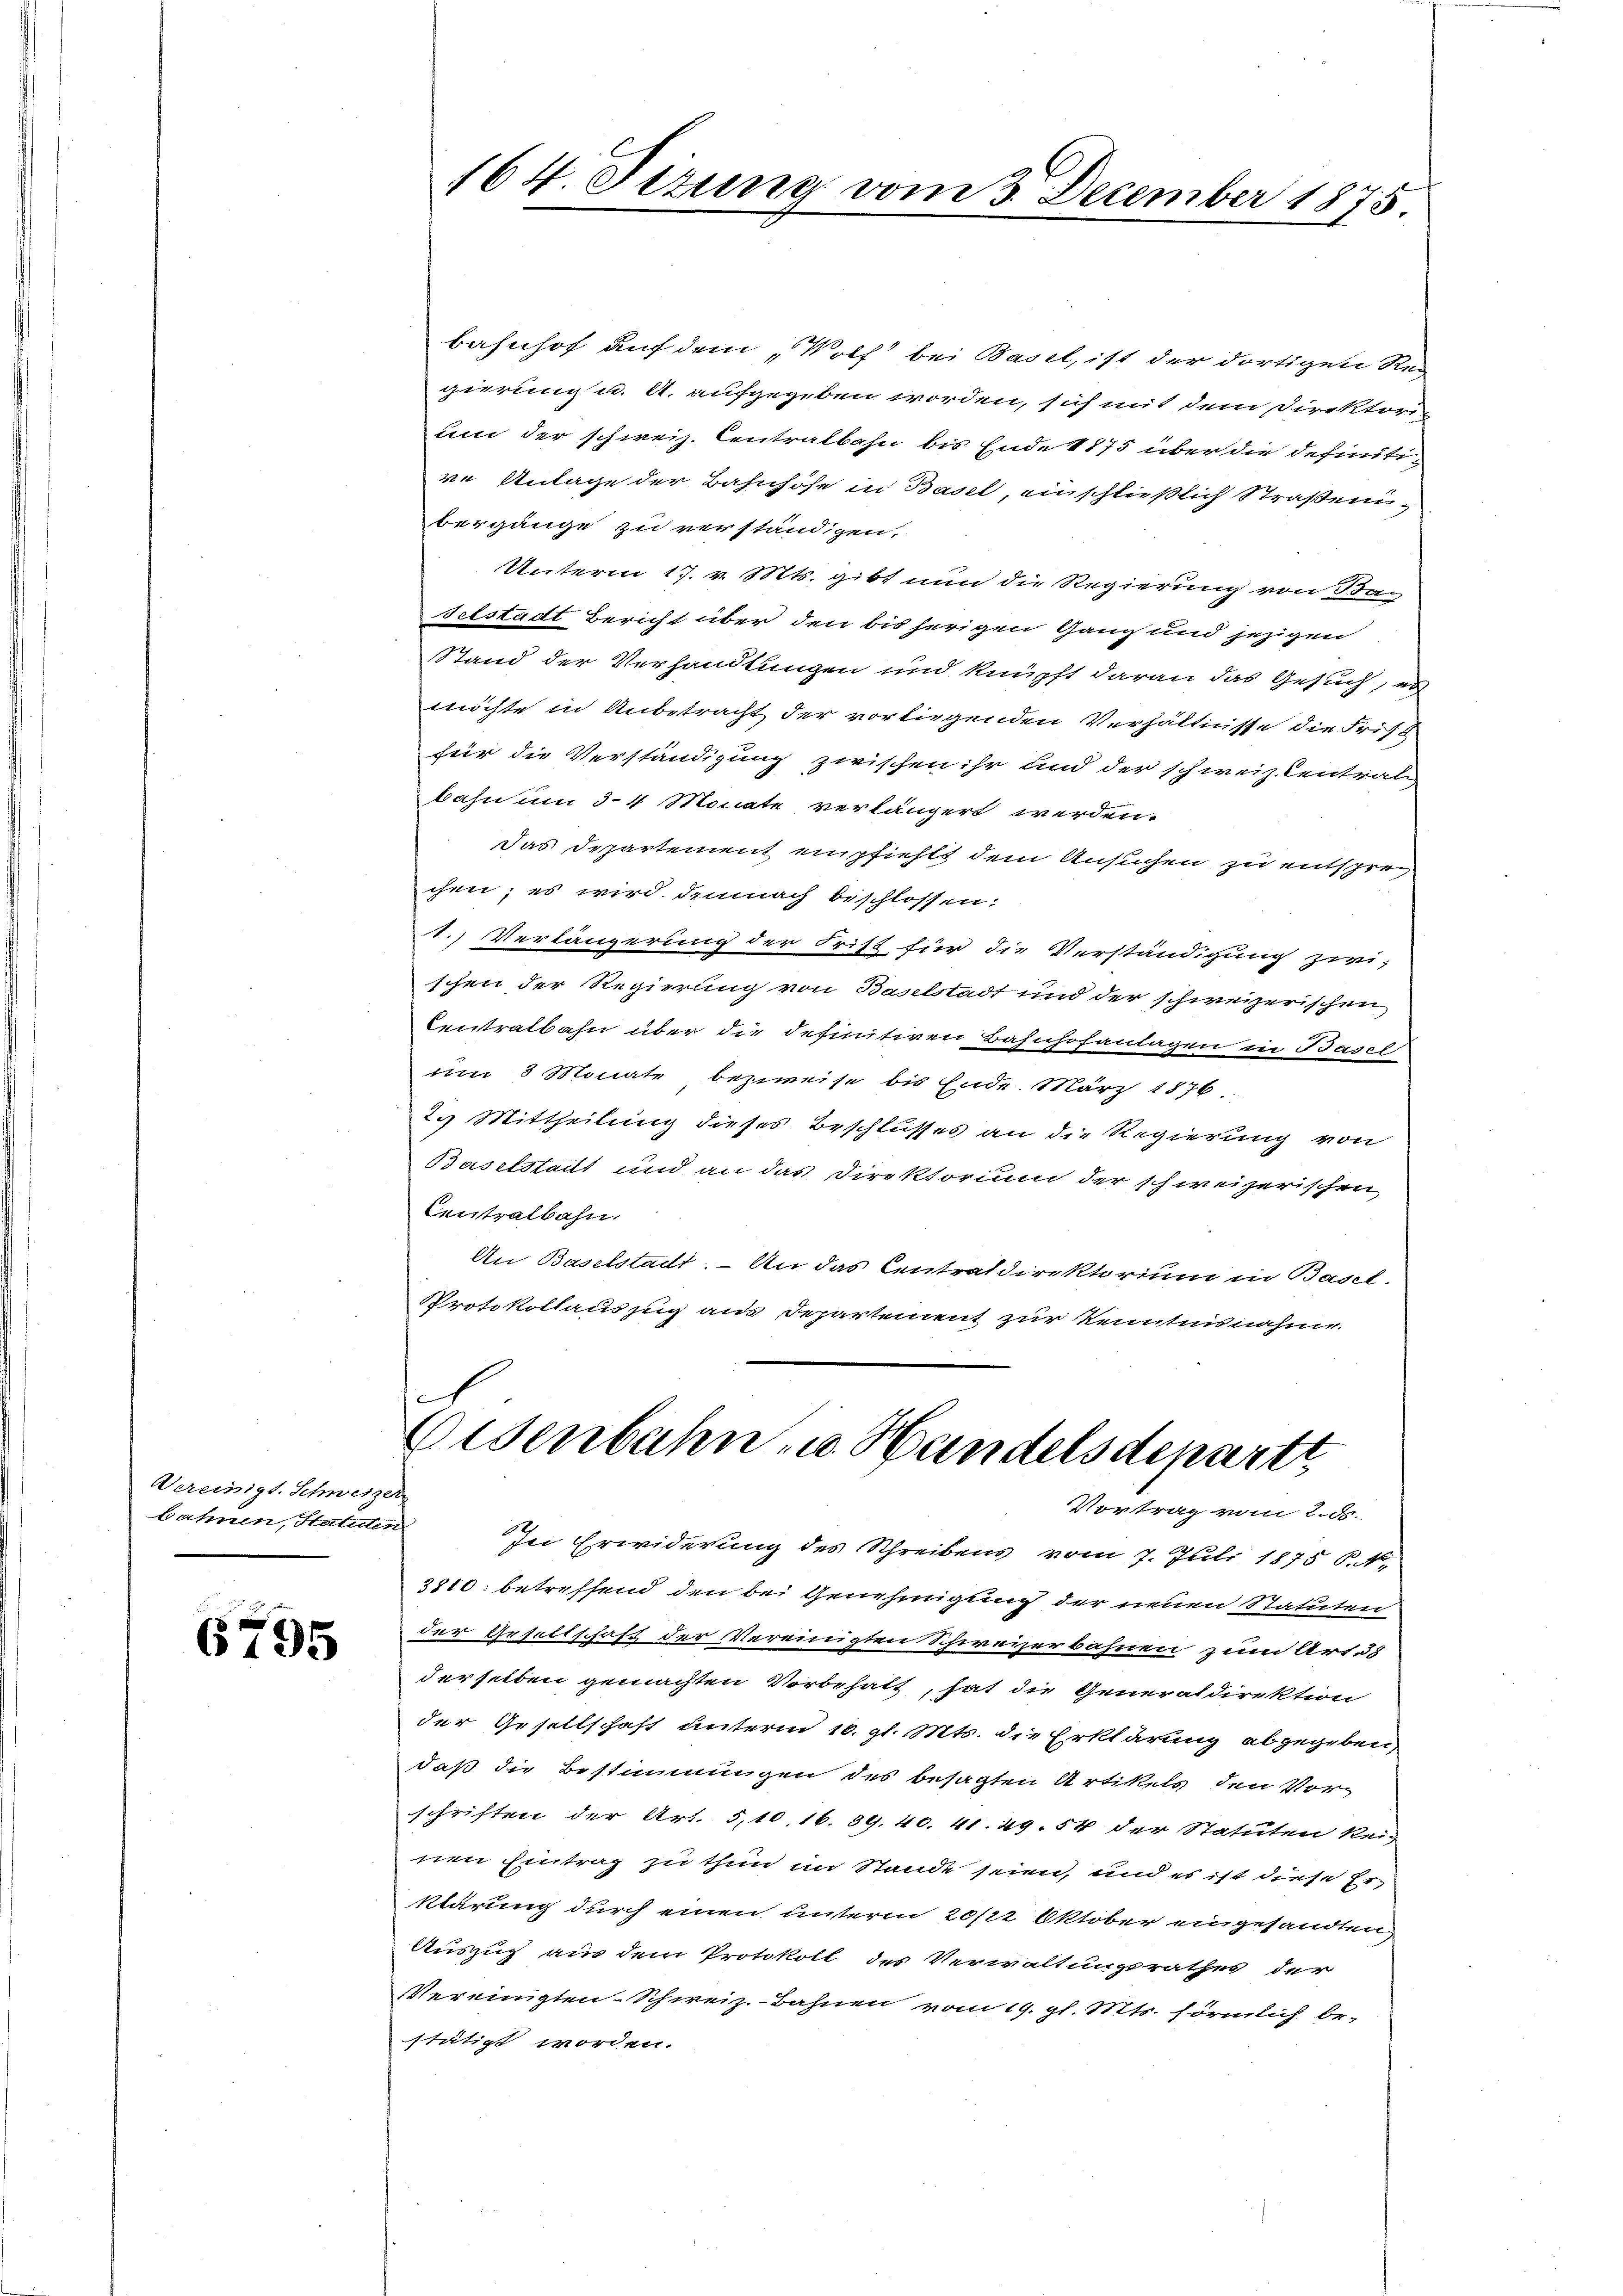
Vereinigt. Schweizer
bahnen, Statuten

6795

164. Sizung vom 3. December 1875

e
Eisenbahn zu Handelsdepartt
Vortrag vom 2. d.

bahnhof auf dem „Wolf bei Basel, ist der dortigen Regierung u. A. aufgegeben worden, sich mit dem Direktori-
um der schweiz. Centralbahn bis Ende 1875 über die definitive Antage der Bahnhöfe in Basel, einschließlich Straßenbergänge zu verständigen,
Unterm 17. v. Mts. gibt nun die Regierung von Bag
Felstadt Bericht über den bis herigen Ganz und jezigen
Stand der Verhandlungen und knüpft daran das Gesuch, es
möchte in Anbetracht der vorliegenden Verhältnisse die Frist
für die Verständigung zwischen ihr und der schweiz Central
bahn um 3-4 Monate verlängert werden.
Das Departement empfiehlt dem Ansuchen zu entsprech
chen; es wird demnach beschlossen:
1. Verlängerung der Frist für die Verständigung zwi-
schen der Regierung von Baselstadt und der schweizerischen
Centralbahn über die definitiven Bahnhofanlagen in Basel
um 3 Monate bezweise bis Ende. März 1876.
2.) Mittheilung dieses Beschlusses an die Regierung von
Baselstadt und an das Direktorium der schweizerischen
Centralbahn.
An Baselstadt. An das Centraldirektorium in Basel-
Protokollauszug aus Departement zur Kenntnisnahme.

In Erwiderung des Schreibens vom 7. Juli 1875 P. Nr.
3810 betreffend den bei Genehmigung der neuen Statuten
der Gesellschaft der Vereinigten Schweizerbahnen zum Art. 58
derselben gemachten Vorbehalt, hat die Generaldirektion
der Gesellschaft unterm 10. gl. Mts. die Erklärung abgegeben,
daß die Bestimmungen des besagten Artikels, den Vorschriften der Art. 5,10, 16. 89. 40. 41. 29. 54 der Statuten kei-
nen Eintrag zu thun im Stande seien, und es ist diese Erklärung durch einen unterm 20/22 Oktober eingesandten,
Auszug aus dem Protokoll des Verwaltungsrathes der
Vereinigten-Schweiz.-Bahnen vom 19. gl. Mts. förmlich be-
stätigt worden.